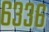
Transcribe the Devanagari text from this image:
६३३६